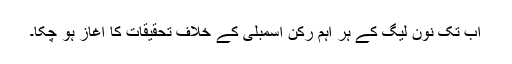
اب تک نون لیگ کے ہر اہم رکن اسمبلی کے خلاف تحقیقات کا آغاز ہو چکا۔